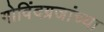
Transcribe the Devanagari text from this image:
गोविंदग्रजांच्या